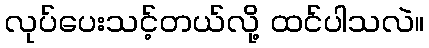
လုပ်ပေးသင့်တယ်လို့ ထင်ပါသလဲ။